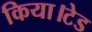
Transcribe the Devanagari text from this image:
किया।टेड